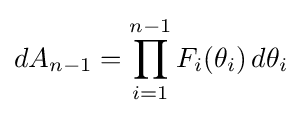
dA_{n-1}=\prod _{i=1}^{n-1}F_{i}(\theta _{i})\,d\theta _{i}